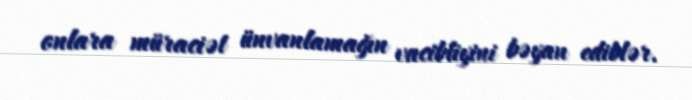
onlara müraciət ünvanlamağın vacibliyini bəyan ediblər.